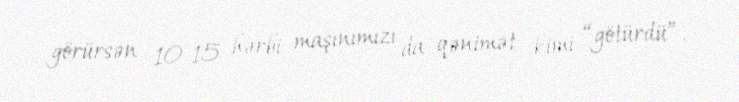
görürsən 10-15 hərbi maşınımızı da qənimət kimi “götürdü”.